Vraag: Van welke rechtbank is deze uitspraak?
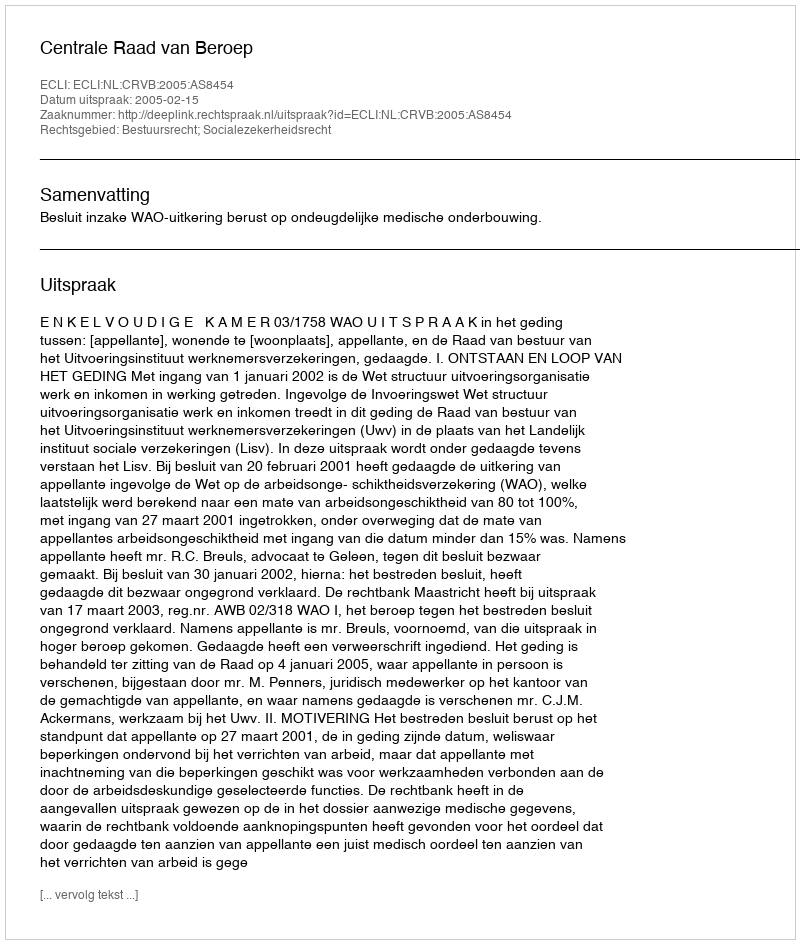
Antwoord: Centrale Raad van Beroep